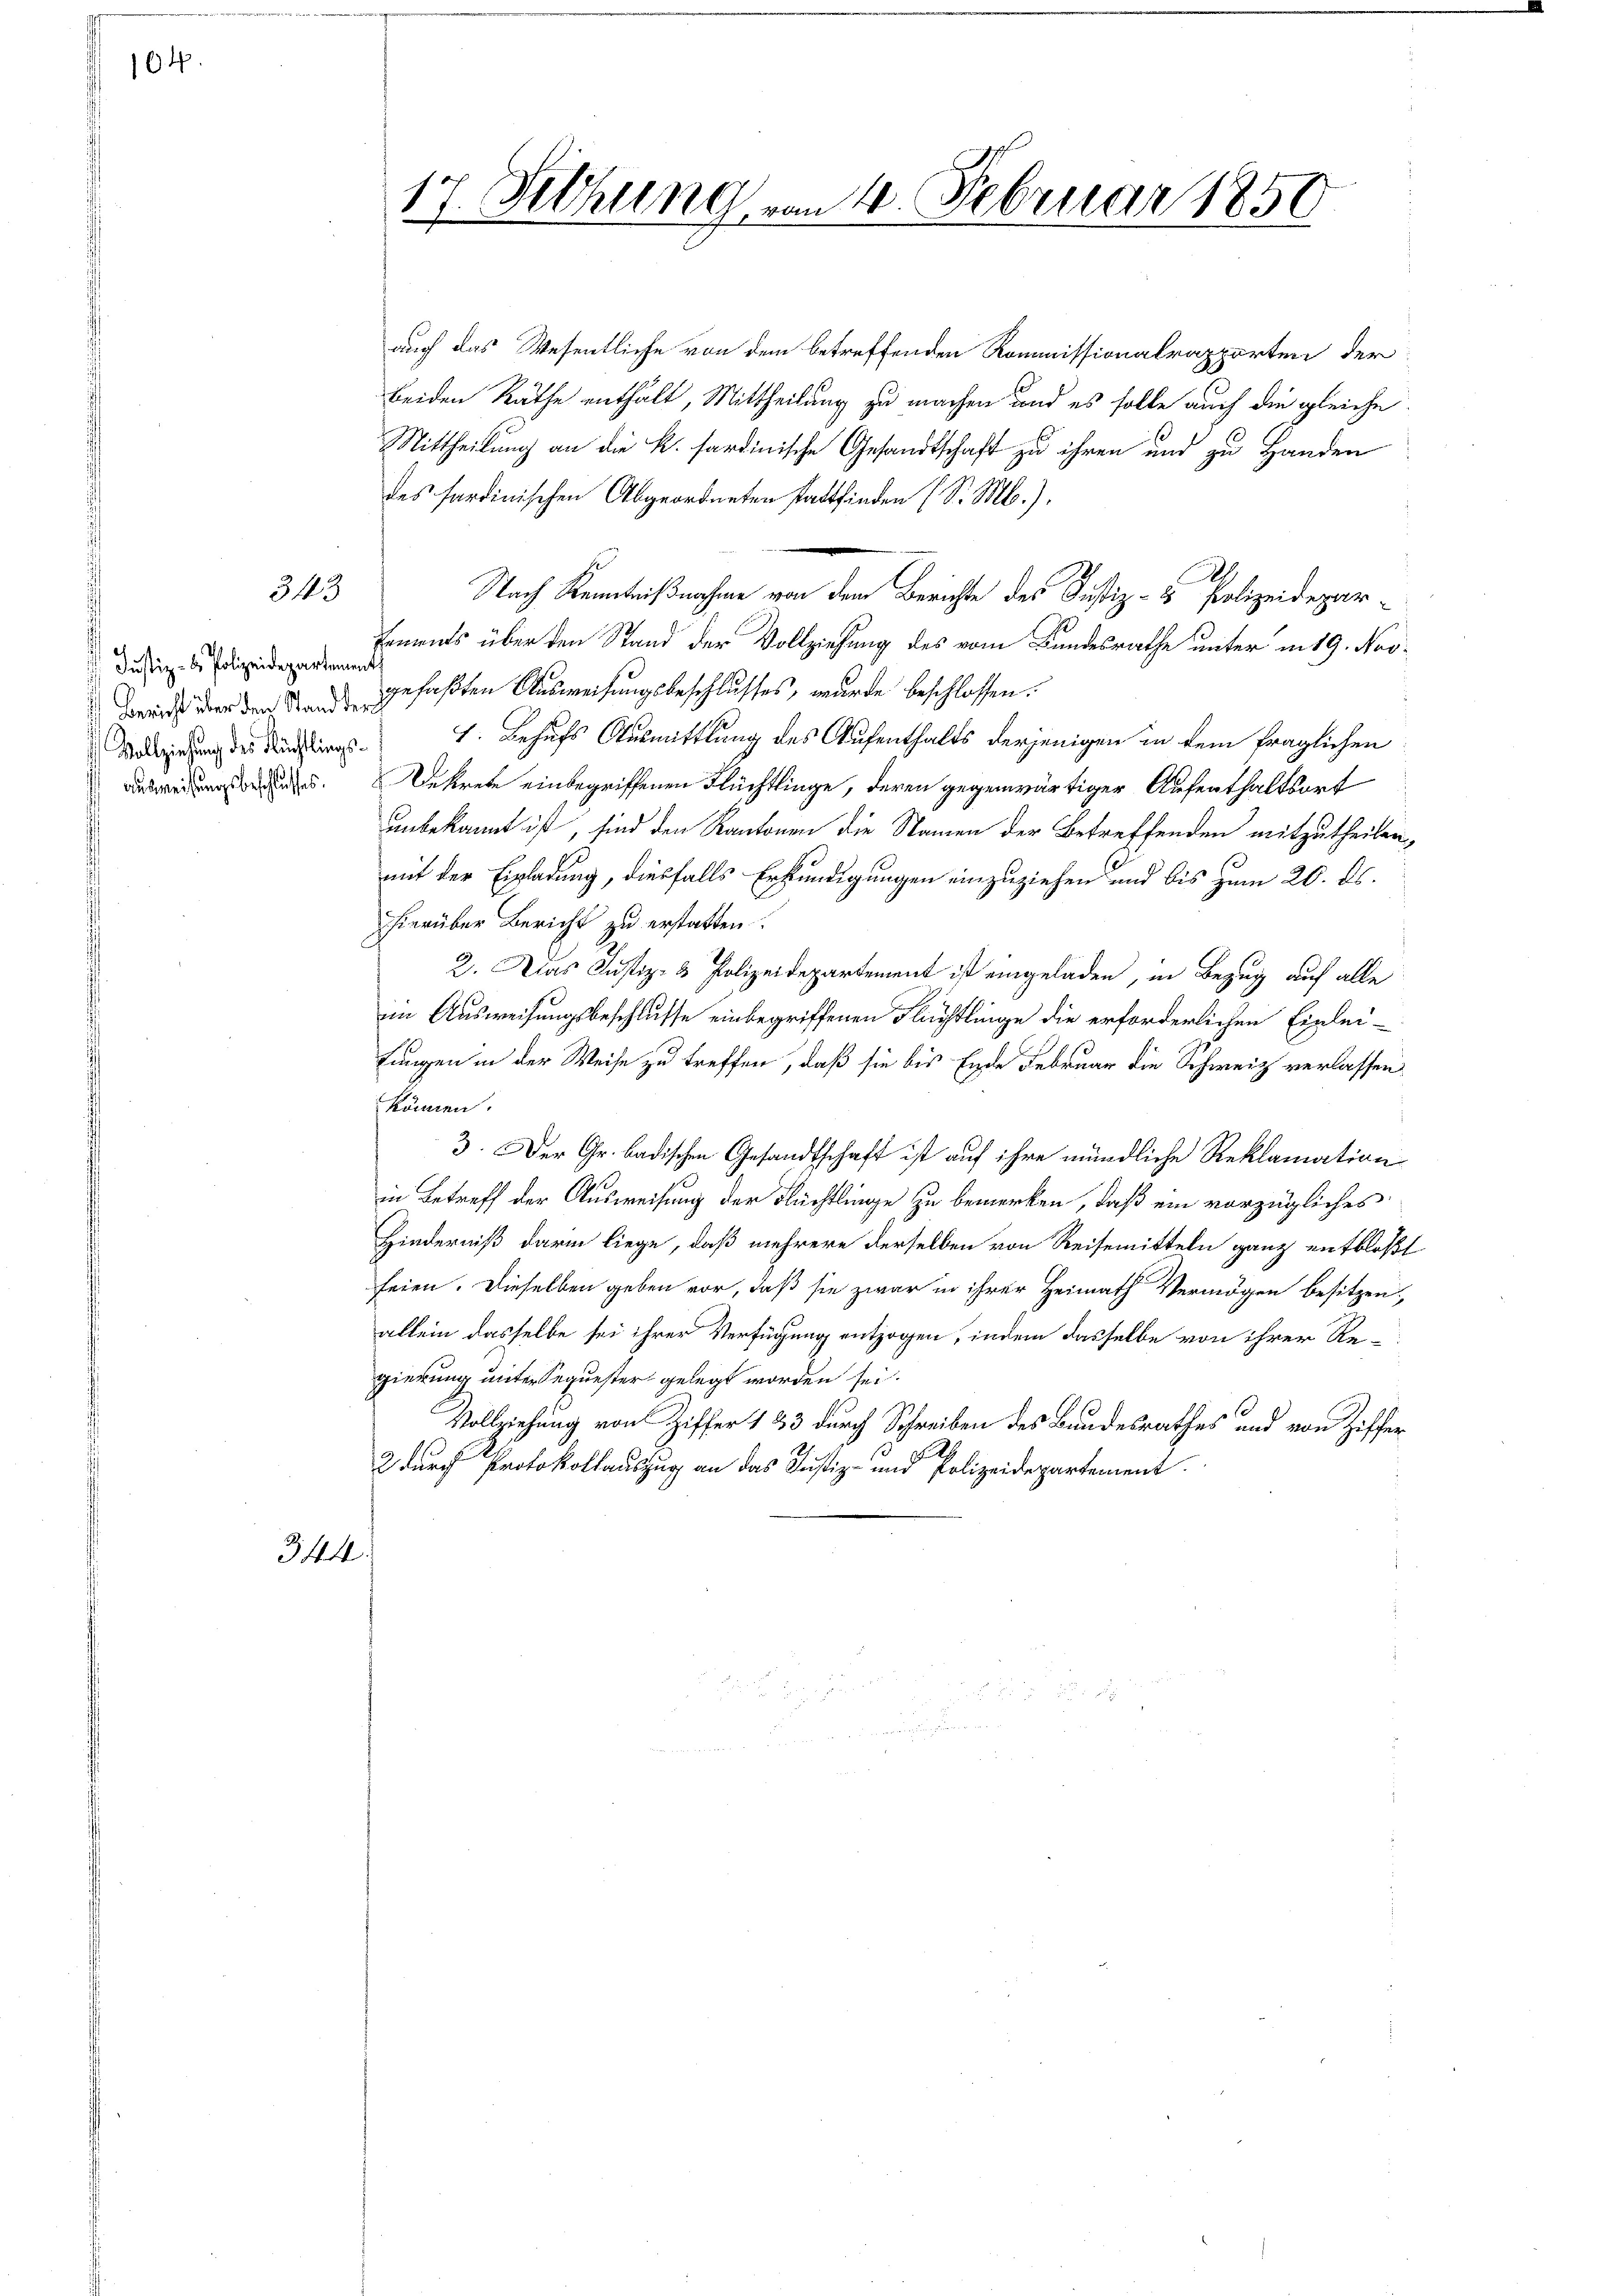
104.

3143

Justiz- & Polizeidepartement

auch das Wesentliche von dem betreffenden Kommissionalrapporten der
beiden Räthe enthält, Mittheilung zu machen und es solle auch die gleiche
Mittheilung an die k. sardinische Gesandtschaft zu ihren und zu Handen
des sardinischen Abgeordneten stattfinden (S. M.).
I.
Nach Kenntnißnahme von dem Berichte des Justiz- & Polizeidepar-
tements über den Stand der Vollziehung des vom Bundesrathe unter in 19. Nov.
Bericht der den de chefaßten Ausweisungsbeschlusses, wurde beschlossen:
Vollziehung des Klings 1. Behufs Ausmittlung des Aufenthalts derjenigen in dem fraglichen
Ausweisungsbesuches Dekrete einbegriffenen Flüchtlinge, deren gegenwärtiger Aufenthaltsort
unbekannt ist, sind den Kantonen die Namen der Betreffenden mitzutheilen,
mit der Einladung, diesfalls Erkundigungen einzuziehen und bis zum 20. ds.
hierüber Bericht zu erstatten
2. Das Justiz- & Polizeidepartement ist eingeladen, in Bezug auf alle
im Ausweisungsbeschlusse einbegriffenen Flüchtlinge die erforderlichen Einleitungen in der Weise zu treffen, daß sie bis Ende Februar die Schweiz verlassen
können.
3. Der Gr. badischen Gesandtschaft ist auf ihre mündliche Reklamation
in Betreff der Ausweisung der Flüchtlinge zu bemerken, daß ein vorzügliches
Hinderniß darin liege, daß mehrere derselben von Reisemitteln ganz entbloßt
feien. Dieselben geben vor, daß sie zwar in ihrer Heimath Vermögen besitzen,
allein dasselbe sei ihrer Verfügung entzogen, indem dasselbe von ihrer Regierung unter Sequester gelegt worden sei.
Vollziehung von Ziffer 183 durch Schreiben des Bundesrathes und von Ziffer
1
2 durch Protokollauszug an das Justiz- und Polizeidepartement

344.

17. Dechung vom 4. Februar 1850